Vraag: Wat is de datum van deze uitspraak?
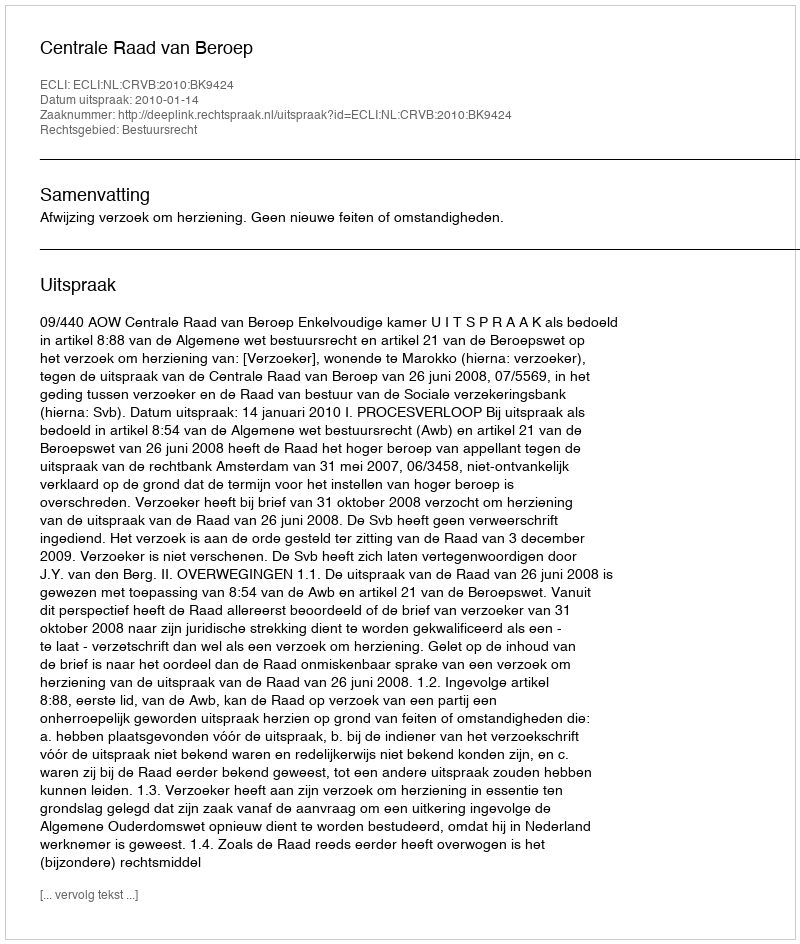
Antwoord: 2010-01-14